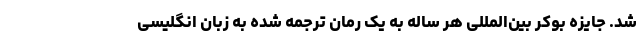
شد. جایزه بوکر بین‌المللی هر ساله به یک رمان ترجمه شده به زبان انگلیسی